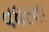
વધરવા